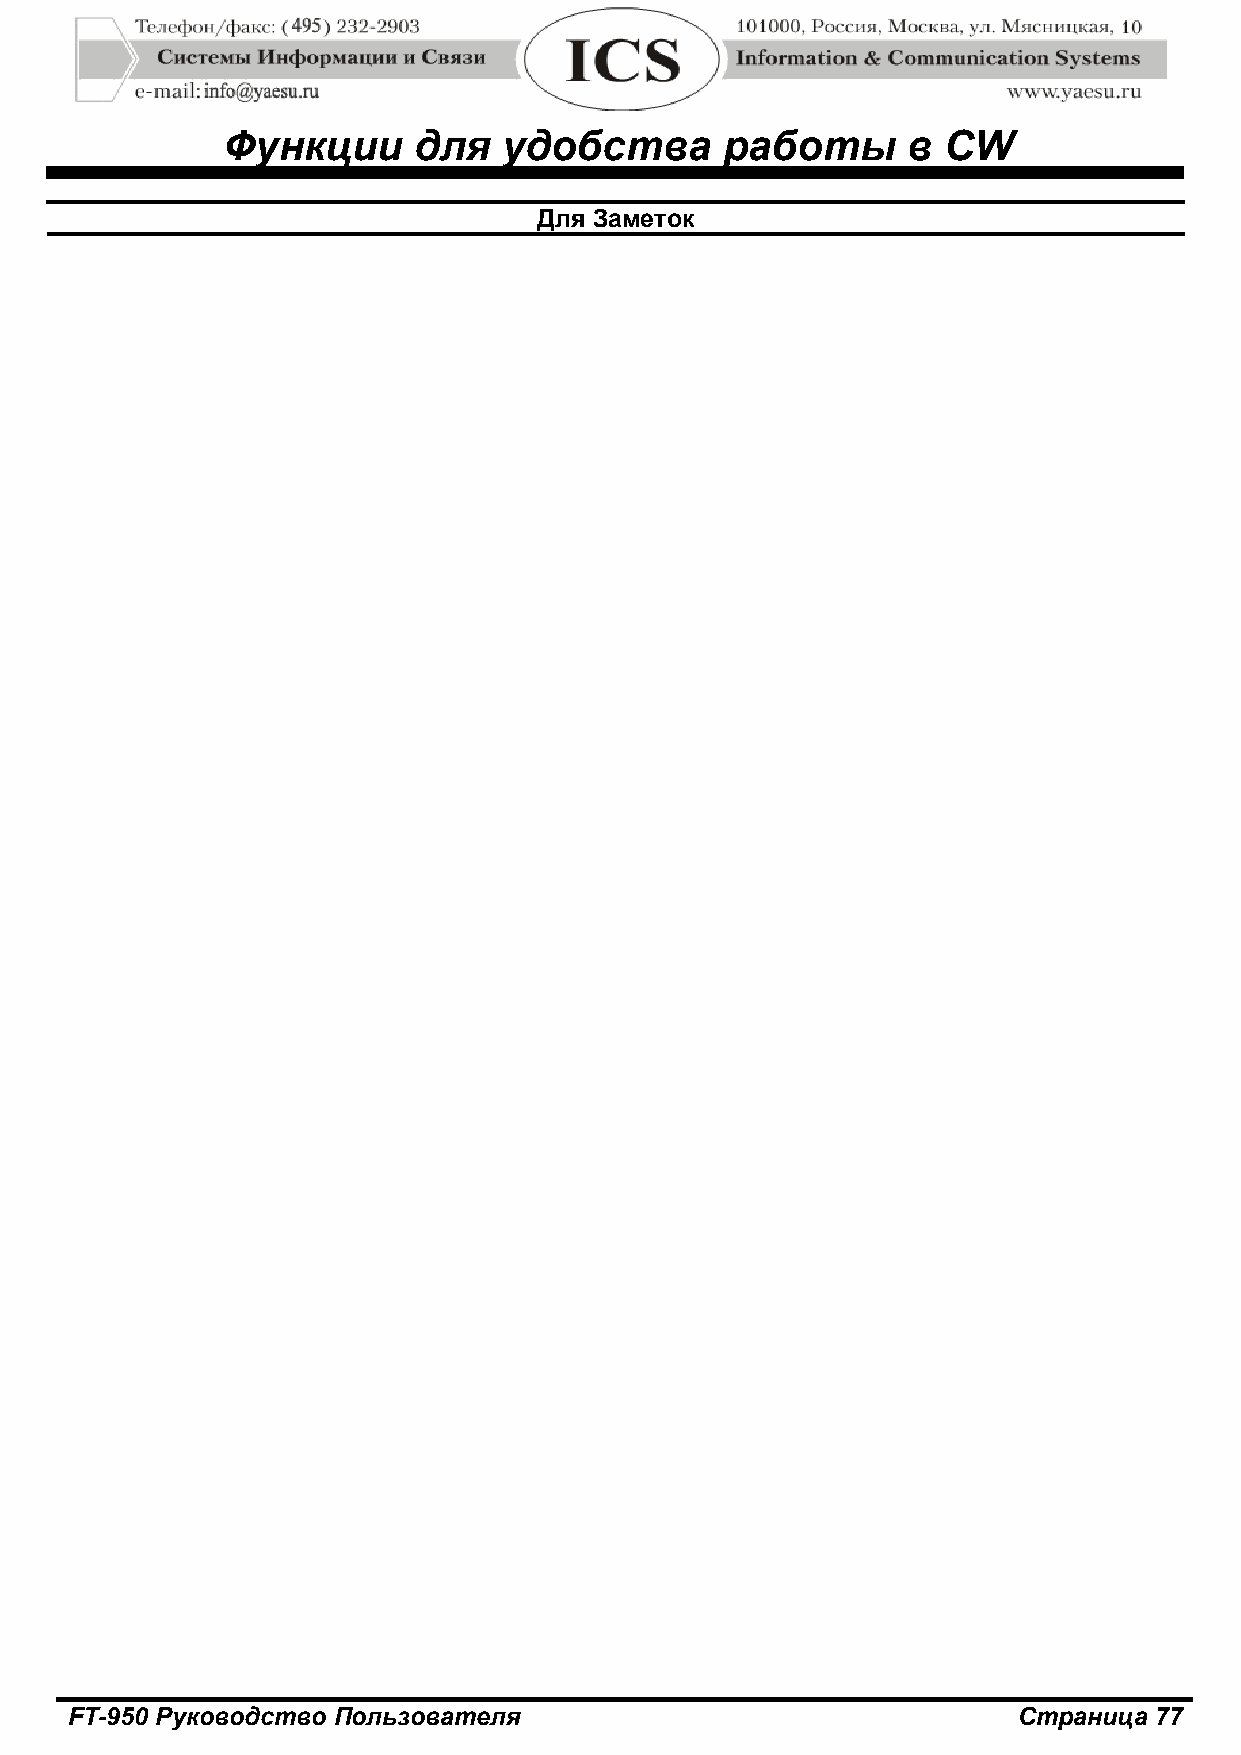
Функции     для   удобства       работы      в CW
 Для Заметок
 FT-950 Руководство Пользователя                                Страница 77